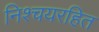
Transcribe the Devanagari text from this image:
निश्चयरहित